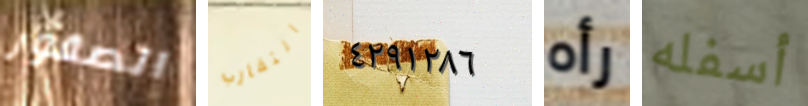
الصقور التقارب ٤٢٩١٢٨٦ رأه أسفله